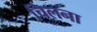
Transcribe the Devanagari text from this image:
चिलना